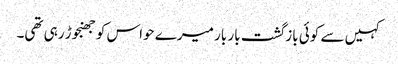
کہیں سے کوئی بازگشت بار بار میرے حواس کو جھنجوڑ رہی تھی۔